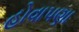
હોવાપણા